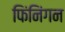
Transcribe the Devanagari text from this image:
फिंनिंगन